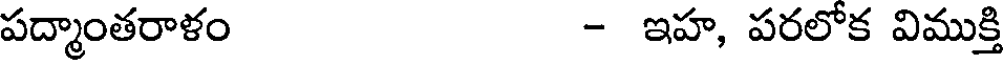
పద్మాంతరాళం - ఇహ, పరలోక విముక్తి